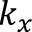
k _ { x }